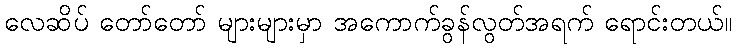
လေဆိပ် တော်တော် များများမှာ အကောက်ခွန်လွတ်အရက် ရောင်းတယ်။